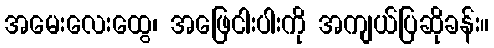
အမေးလေးထွေ၊ အဖြေငါးပါးကို အကျယ်ပြဆိုခန်း။